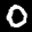
Label: 0